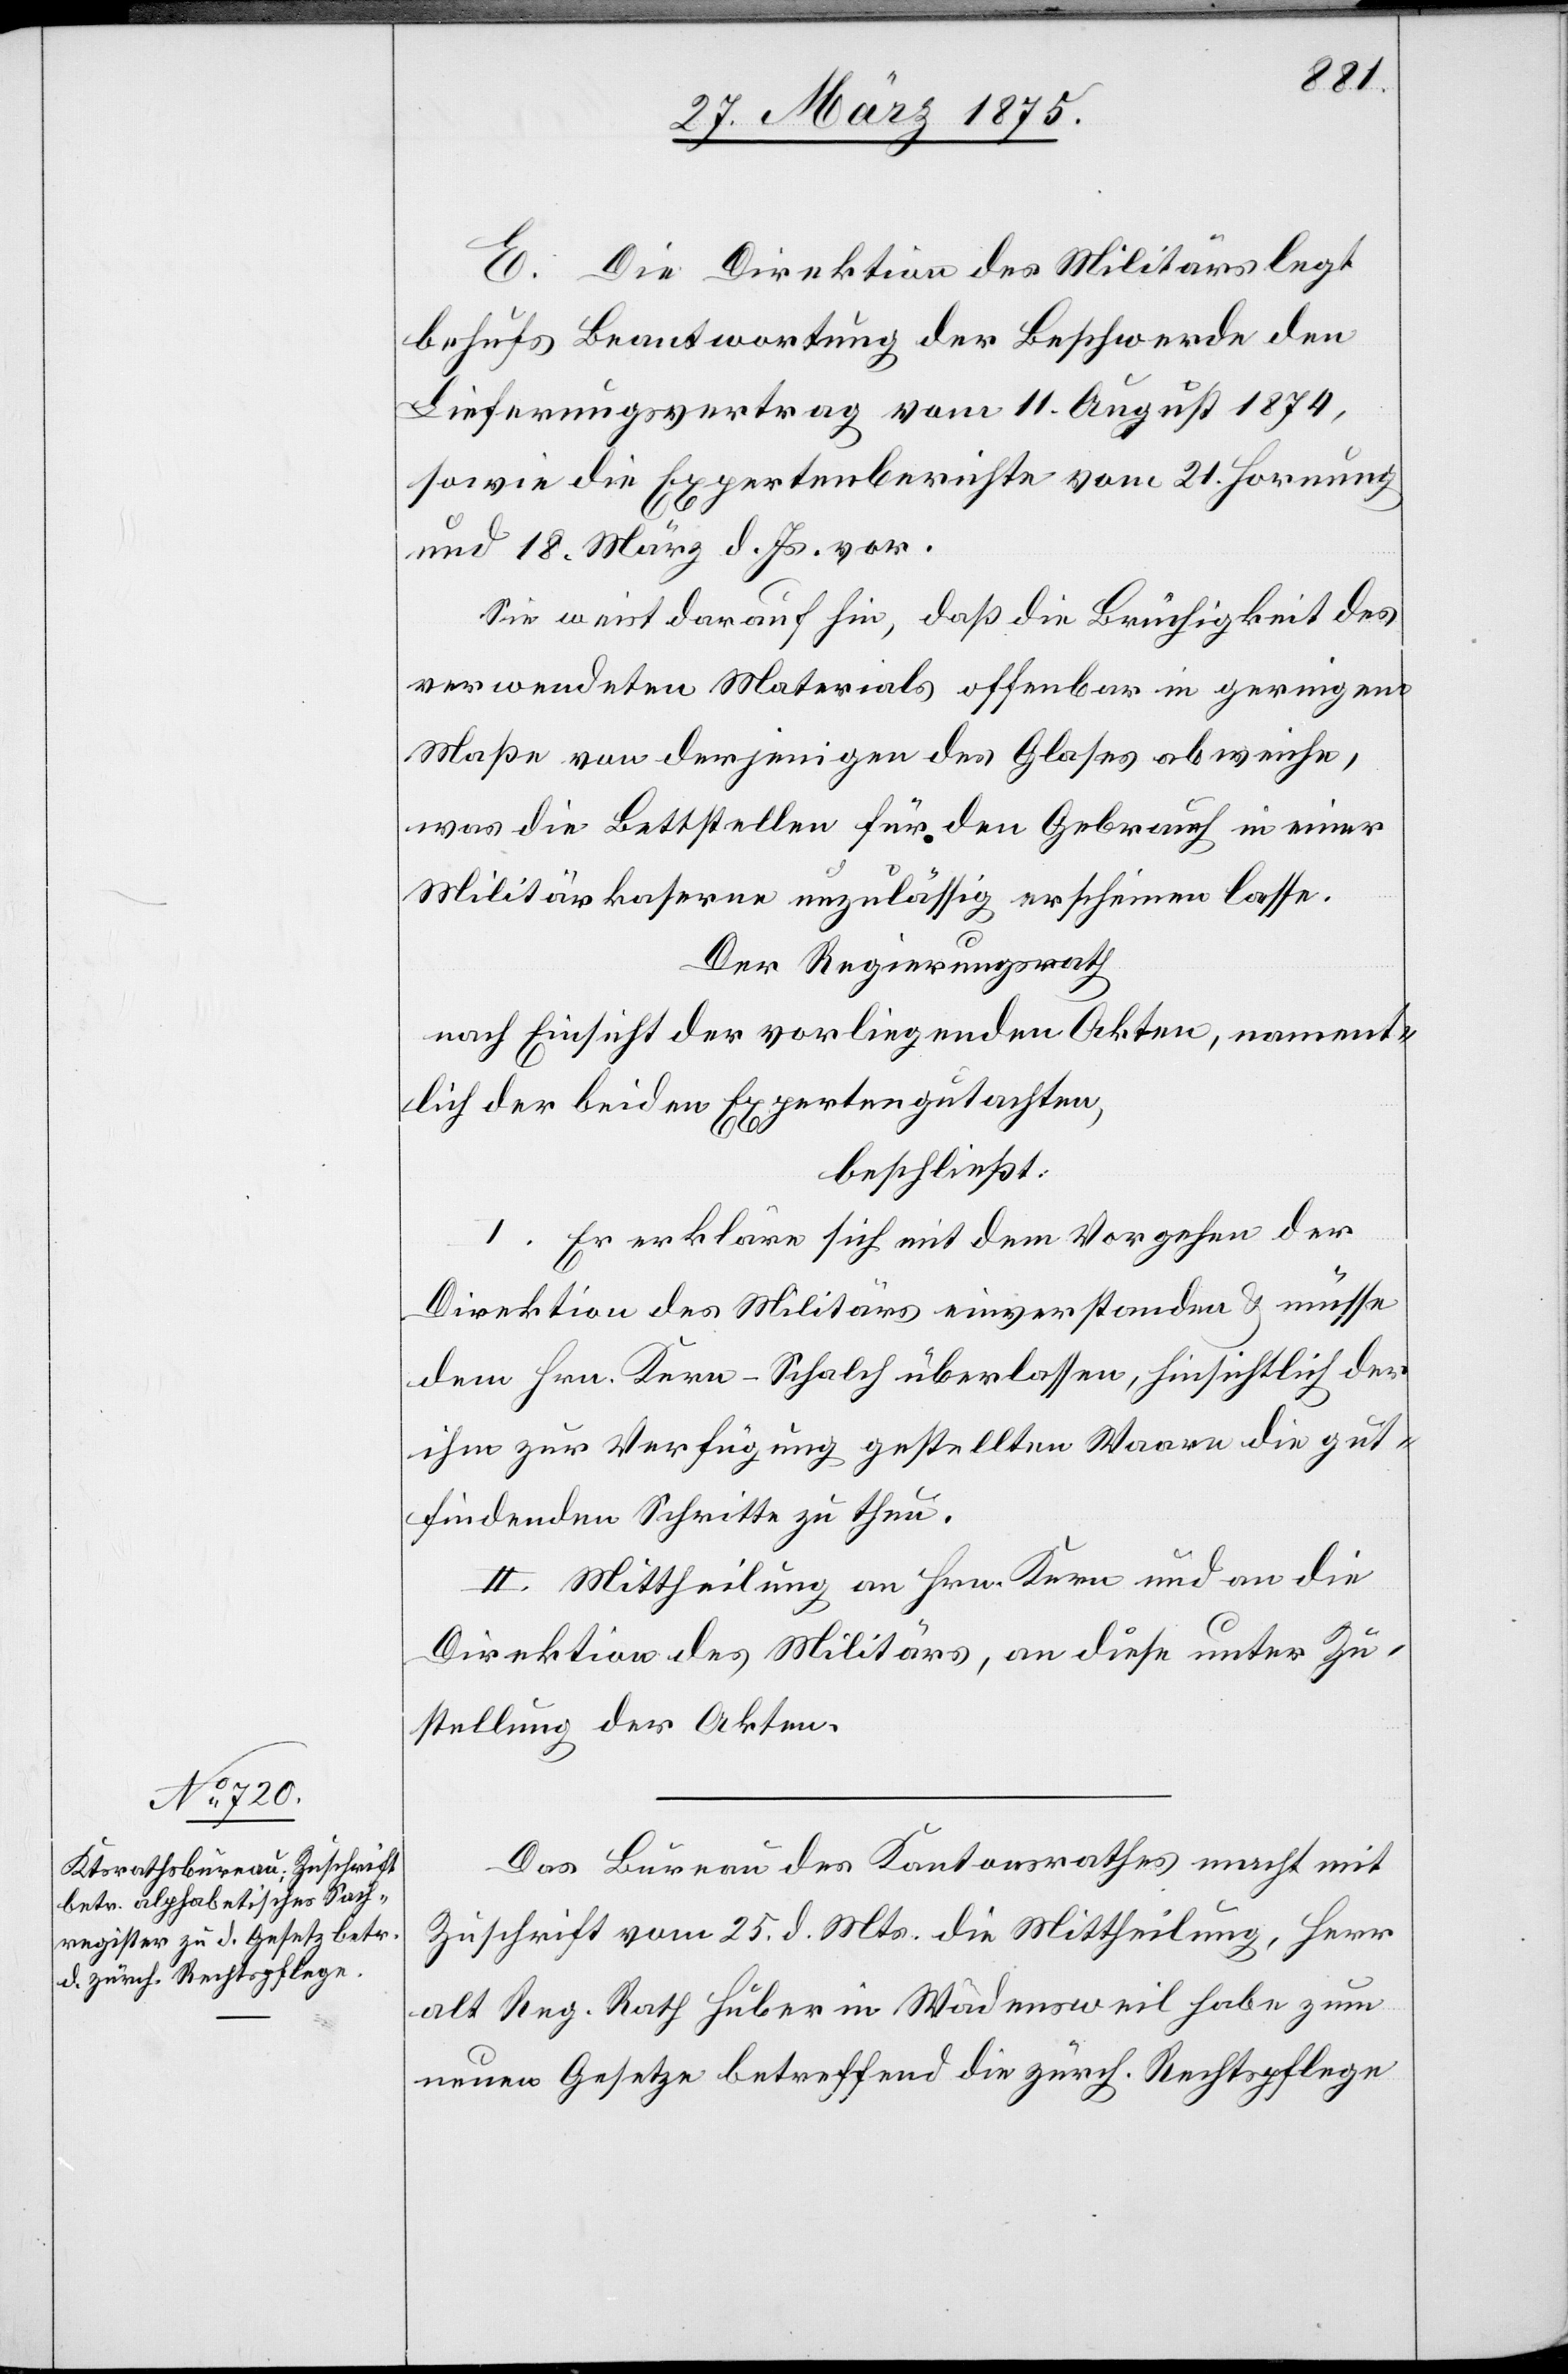
E. Die Direktion des Militärs legt
behufs Beantwortung der Beschwerde den
Lieferungsvertrag vom 11. August 1874,
sowie die Expertenberichte vom 21. Hornung
und 18. März d. Js. vor.
Sie weist darauf hin, daß die Brüchigkeit des
verwendeten Materials offenbar in geringem
Maße von derjenigen des Glases abweiche,
was die Bettstellen für den Gebrauch in der
Militärkaserne unzulässig erscheinen lasse.
Der Regierungsrath
nach Einsicht der vorliegenden Akten, nament¬
lich der beiden Expertengutachten,
beschließt:
I. Er erkläre sich mit dem Vorgehen der
Direktion des Militärs einverstanden & müsse
dem Hrn. Kern-Schalch überlassen, hinsichtlich der
ihm zur Verfügung gestellten Waare die gut¬
findenden Schritte zu thun.
II. Mittheilung an Hrn. Kern und an die
Direktion des Militärs, an diese unter Zu¬
stellung der Akten.
Das Bureau des Kantonsrathes macht mit
Zuschrift vom 25. d. Mts. die Mittheilung, Herr
alt Reg. Rath Huber in Wädensweil habe zum
neuen Gesetze betreffend die zürch. Rechtspflege